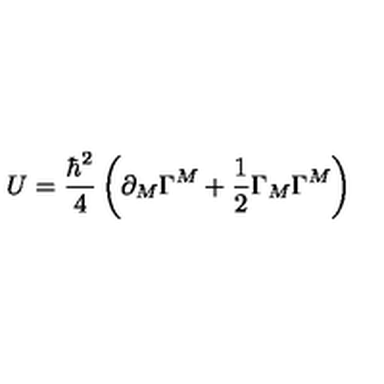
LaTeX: U = \frac { \hbar ^ { 2 } } { 4 } \left( \partial _ { M } \Gamma ^ { M } + \frac { 1 } { 2 } \Gamma _ { M } \Gamma ^ { M } \right)